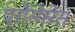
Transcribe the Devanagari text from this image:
प्रोसेसेस